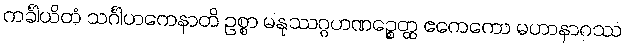
ကင်္ခါယိတံ သင်္ဂါဟကေနာတိ ဥစ္စာ မနုဿဂ္ဂဟဏဉ္စေတ္ထ ဧကေကော မဟာနာဂဿ